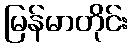
မြန်မာတိုင်း